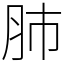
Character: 肺